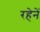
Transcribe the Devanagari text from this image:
रहेनें